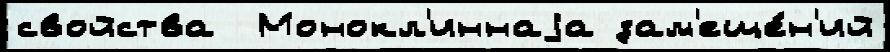
свойства  Монокл'иннаjа зам'еще́н'ий